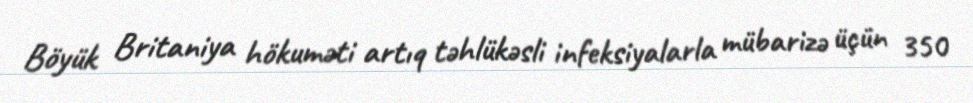
Böyük Britaniya hökuməti artıq təhlükəsli infeksiyalarla mübarizə üçün 350